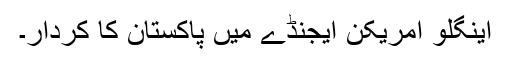
اینگلو امریکن ایجنڈے میں پاکستان کا کردار۔